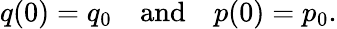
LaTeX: q(0)=q_{0}\quad\mathrm{and}\quad p(0)=p_{0}.